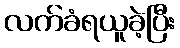
လက်ခံရယူခဲ့ပြီး